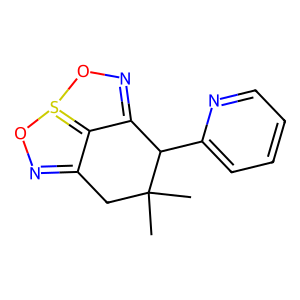
SMILES: CC1(C)CC2=NOS3=C2C(=NO3)C1c1ccccn1
Inhibits HIV replication: No